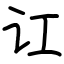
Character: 讧